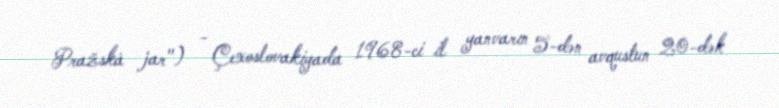
Pražská jar") - Çexoslovakiyada 1968-ci il yanvarın 5-dən avqustun 20-dək